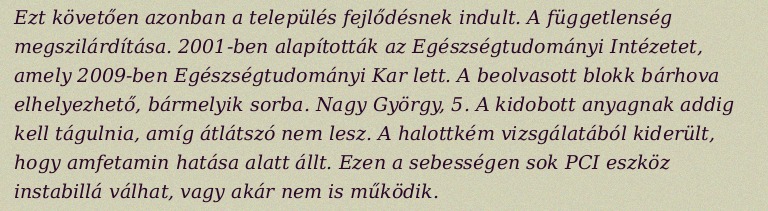
Ezt követően azonban a település fejlődésnek indult. A függetlenség megszilárdítása. 2001-ben alapították az Egészségtudományi Intézetet, amely 2009-ben Egészségtudományi Kar lett. A beolvasott blokk bárhova elhelyezhető, bármelyik sorba. Nagy György, 5. A kidobott anyagnak addig kell tágulnia, amíg átlátszó nem lesz. A halottkém vizsgálatából kiderült, hogy amfetamin hatása alatt állt. Ezen a sebességen sok PCI eszköz instabillá válhat, vagy akár nem is működik.